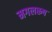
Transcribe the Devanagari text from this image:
मगलरूप